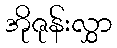
အိုဇုန်းလွှာ